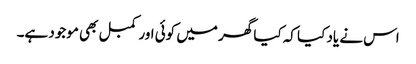
اس نے یاد کیا کہ کیا گھر میں کوئی اور کمبل بھی موجود ہے۔